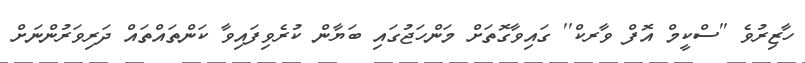
ހާޒިރުވެ ''ސްކީމް އޮފް ވާރކް'' ގައިވާގޮތަށް މަންހަޖުގައި ބަޔާން ކުރެވިފައިވާ ކަންތައްތައް ދަރިވަރުންނަށް